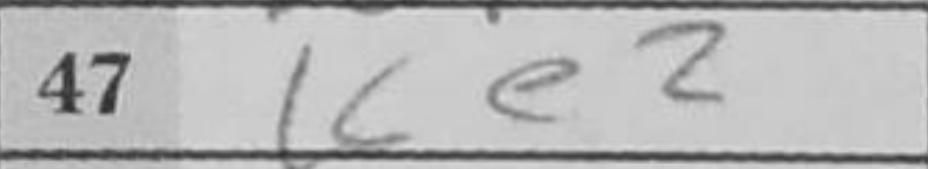
Transcription: Ke2